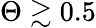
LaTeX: \Theta\gtrsim 0.5